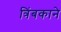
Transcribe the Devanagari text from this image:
त्रिंबकाने